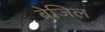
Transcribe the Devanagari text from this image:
ब्रेजिल